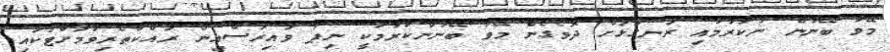
މޭވާ ބޭނުން ނުކުރުމާއި ރަނގަޅަށް ދޮވެގެން މޭވާ ބޭނުންކުރުމަކީ ނިޕާ ވައިރަސްއިން ރައްކާތެރިވުމަށްޓަކައި